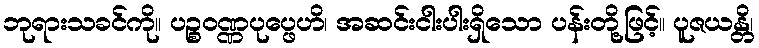
ဘုရားသခင်ကို။ ပဉ္စဝဏ္ဏပုပ္ဖေဟိ၊ အဆင်းငါးပါးရှိသော ပန်းတို့ဖြင့်။ ပူဇယန္တိ၊